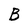
Character: B